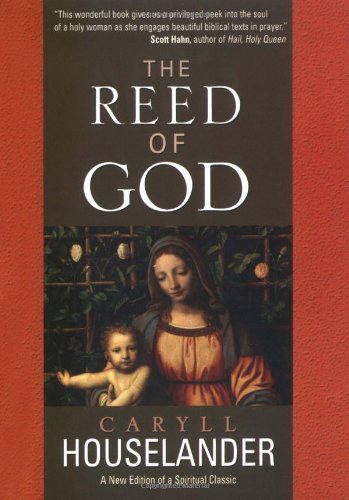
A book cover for The Reed of God; Caryll Houselander; Christian Books & Bibles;